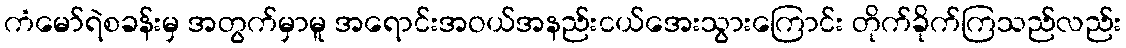
ကံမော်ရဲစခန်းမှ အတွက်မှာမူ အရောင်းအဝယ်အနည်းငယ်အေးသွားကြောင်း တိုက်ခိုက်ကြသည်လည်း